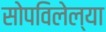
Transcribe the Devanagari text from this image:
सोपविलेल्या